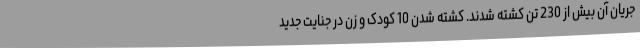
جریان آن بیش از 230 تن کشته شدند. کشته شدن 10 کودک و زن در جنایت جدید